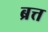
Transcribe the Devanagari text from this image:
ब्रत्त